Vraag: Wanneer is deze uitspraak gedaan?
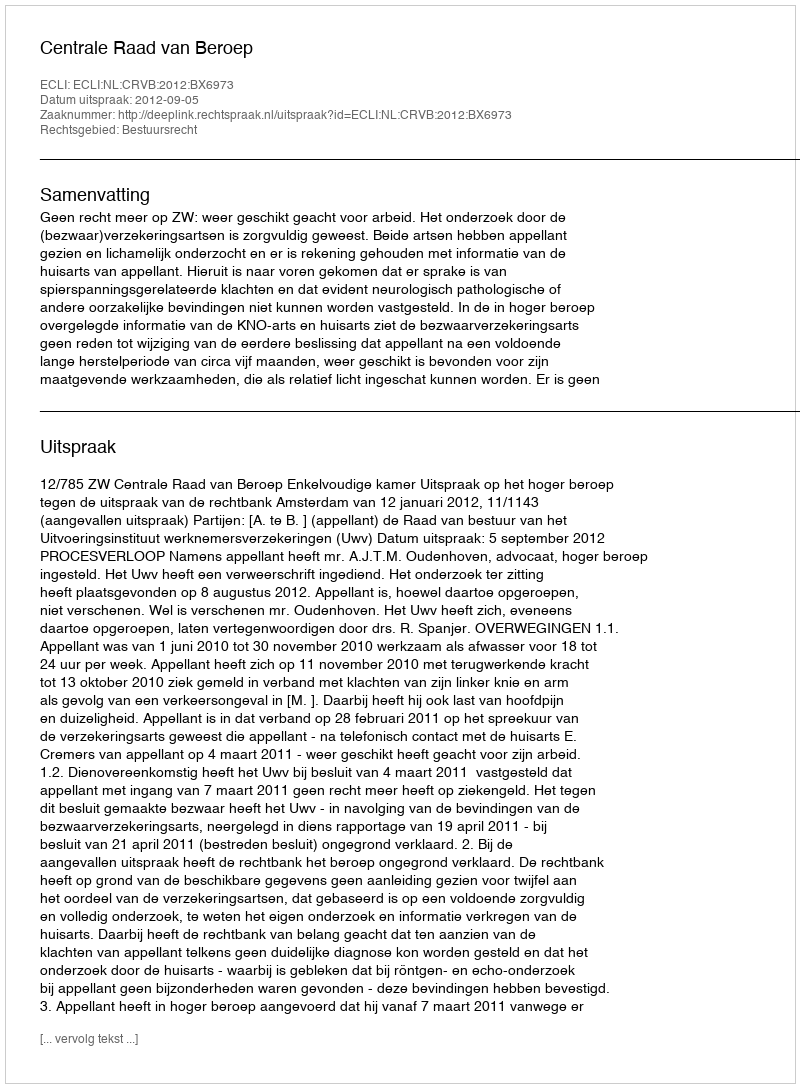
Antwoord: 2012-09-05